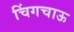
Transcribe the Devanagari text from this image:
चिंगचाऊ